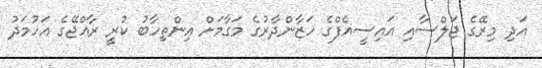
އަދި މިރޭގެ ޖަލްސާއި އައިސީއެފްގެ ހަޒާންދާރުގެ މަގާމަށް އިންތިހާބު ކުރީ ރާއްޖޭގެ އަހުމަދު